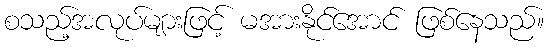
စသည့်အလုပ်များဖြင့် မအားနိုင်အောင် ဖြစ်နေသည်။